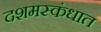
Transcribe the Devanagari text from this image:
दशमस्कंधात